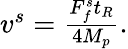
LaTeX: \begin{array}{r}{v^{s}=\frac{F_{f}^{s}t_{R}}{4M_{p}}.}\end{array}